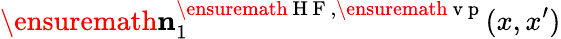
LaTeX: \ensuremath{\mathbf{n}}_{1}^{\ensuremath{\mathrm{~H~F~}},\ensuremath{\mathrm{~v~p~}}}(x,x^{\prime})